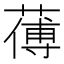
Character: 𦺉